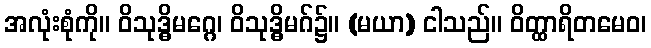
အလုံးစုံကို။ ဝိသုဒ္ဓိမဂ္ဂေ၊ ဝိသုဒ္ဓိမဂ်၌။ (မယာ) ငါသည်။ ဝိတ္ထာရိတမေဝ၊